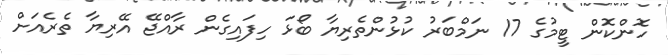
ހޮންކޮން ޓީމުގެ 17 ނަމްބަރު ކުޅުންތެރިޔާ ބޯޅަ ހިފައިގެން ރާއްޖޭ އޭރިޔާ ތެރެއަށް